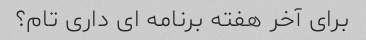
برای آخر هفته برنامه ای داری تام؟